Report of the Indian Hemp Drugs Commission, 1894-1895 - Volume VI
Year: 1894
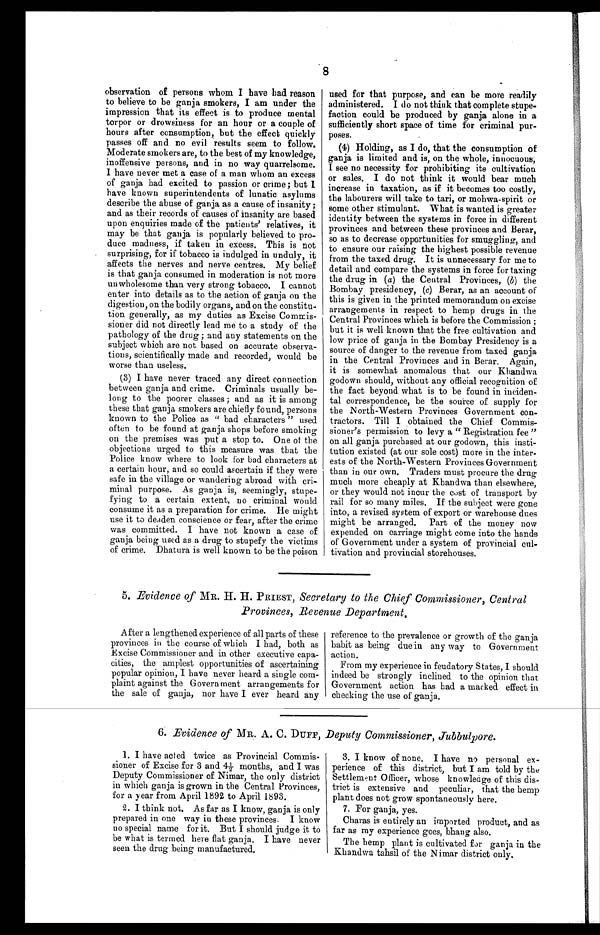
8
observation of persons whom I have bad reason
to believe to be ganja smokers, I am under the
impression that its effect is to produce mental
torpor or drowsiness for an hour or a couple of
hours after consumption, but the effect quickly
passes off and no evil results seem to follow.
Moderate smokers are, to the best of my knowledge,
inoffensive persons, and in no way quarrelsome.
I have never met a case of a man whom an excess
of ganja had excited to passion or crime; but I
have known superintendents of lunatic asylums
describe the abuse of ganja as a cause of insanity ;
and as their records of causes of insanity are based
upon enquiries made of the patients' relatives, it
may be that ganja is popularly believed to pro-
duce madness, if taken in excess. This is not
surprising, for if tobacco is indulged in unduly, it
affects the nerves and nerve centres. My belief
is that ganja consumed in moderation is not more
unwholesome than very strong tobacco. I cannot
enter into details as to the action of ganja on the
digestion, on the bodily organs, and on the constitu-
tion generally, as my duties as Excise Commis-
sioner did not directly lead me to a study of the
pathology of the drug ; and any statements on the
subject which are not based on accurate observa-
tions, scientifically made and recorded, would be
worse than useless.
(3) I have never traced any direct connection
between ganja and crime. Criminals usually be
-long to the poorer classes ; and as it is among
these that ganja smokers are chiefly found, persons
known to the Police as " bad characters " used
often to be found at ganja shops before smoking
on the premises was put a stop to. One of the
objections urged to this measure was that the
Police know where to look for bad characters at
a certain hour, and so could ascertain if they were
safe in the village or wandering abroad with cri-
minal purpose. As ganja is, seemingly, stupe--
fying to a certain extent, no criminal would
consume it as a preparation for crime. He might
use it to deaden conscience or fear, after the crime
was committed. I have not known a case of
ganja being used as a drug to stupefy the victims
of crime. Dhatura is well known to be the poison
used for that purpose, and can be more readily
administered. I do not think that complete stupe--
faction could be produced by ganja alone in a
sufficiently short space of time for criminal pur--
poses.
(4) Holding, as I do, that the consumption of
ganja is limited and is, on the whole, innocuous;
I see no necessity for prohibiting its cultivation
or sales. I do not think it would bear much
increase in taxation, as if it becomes too costly,
the labourers will take to tari, or mohwa-spirit or
some other stimulant. What is wanted is greater
identity between the systems in force in different
provinces and between these provinces and Berar,
so as to decrease opportunities for smuggling, and
to ensure our raising the highest possible revenue
from the taxed drug. It is unnecessary for me to
detail and compare the systems in force for taxing
the drug in ( a) the Central Provinces, (b) the
Bombay presidency, ( c) Berar, as an account of
this is given in the printed memorandum on excise
arrangements in respect to hemp drugs in the
Central Provinces which is before the Commission ;
but it is well known that the free cultivation and
low price of ganja in the Bombay Presidency is a
source of danger to the revenue from taxed ganja
in the Central Provinces and in Berar. Again,
it is somewhat anomalous that our Khandwa
godown should, without any official recognition of
the fact beyond what is to be found in inciden-
-tal correspondence, be the source of supply for
the North-Western Provinces Government con--
tractors. Till I obtained the Chief Commis-
sioner's permission to levy a " Registration fee "
on all ganja purchased at our godown, this insti-
-tution existed (at our sole cost) more in the inter--
ests of the North-Western Provinces Government
than in our own. Traders must procure the drug
much more cheaply at Khandwa than elsewhere,
or they would not incur the cost of transport by
rail for so many miles. If the subject were gone
into, a revised system of export or warehouse dues
might be arranged. Part of the money now
expended on carriage might come into the hands
of Government under a system of provincial cul--
tivation and provincial storehouses.
5. Evidence of MR. H. H. PRIEST, Secretary to the Chief Commissioner, Central
Provinces, Revenue Department.
After a lengthened experience of all parts of these
provinces in the course of which I had, both as
Excise Commissioner and in other executive capa--
cities, the amplest opportunities of ascertaining
popular opinion, I have never heard a single com-
plaint against the Government arrangements for
the sale of ganja, nor have I ever heard any
reference to the prevalence or growth of the ganja
habit as being due in any way to Government
action.
From my experience in feudatory States, I should
indeed be strongly inclined to the opinion that
Government action has had a marked effect in
checking the use of ganja.
6. Evidence of MR. A. C. DUFF, Deputy Commissioner, Jubbulpore.
I have acted twice as Provincial Commis--
sioner of Excise for 3 and 4½- months, and I was
Deputy Commissioner of Nimar, the only district
in which ganja is grown in the Central Provinces,
for a year from April 1892 to April 1893.
2. I think not. As far as I know, ganja is only
prepared in one way in these provinces. I know
no special name for it. But I should judge it to
be what is termed here flat ganja. I have never
seen the drug being manufactured.
3. I know of none. I have no personal ex-
perience of this district, but I am told by the
Settlement Officer, whose knowledge of this dis--
trict is extensive and peculiar, that the hemp
plant does not grow spontaneously here.
7. For ganja, yes.
Charas is entirely an imported product, and as
far as my experience goes, bhang also.
The hemp plant is cultivated far ganja in the
Khandwa tahsil of the Nimar district only.